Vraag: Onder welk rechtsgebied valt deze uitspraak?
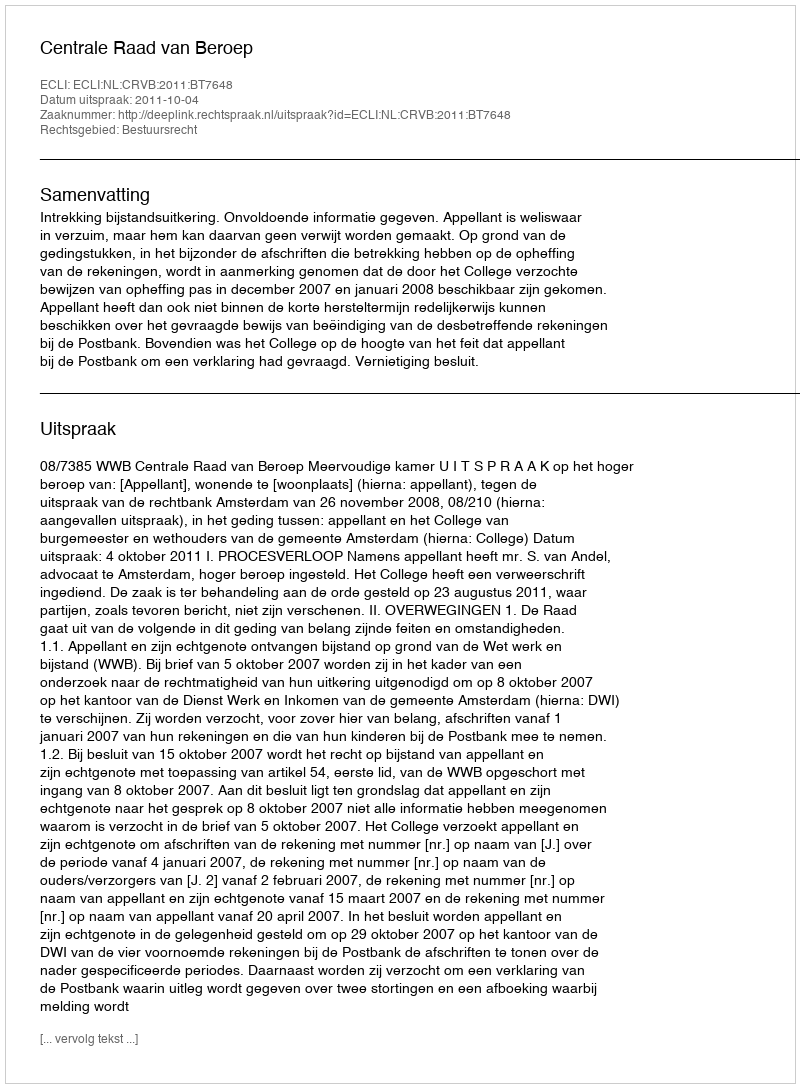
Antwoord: Bestuursrecht